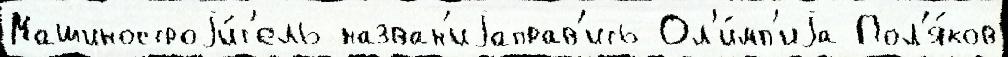
Машиностроjи́т'ель назван'иjаправ'ить Ол'и́мп'иjа Пол'я́ков